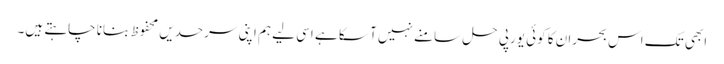
ابھی تک اس بحران کا کوئی یورپی حل سامنے نہیں آ سکا ہے اسی لیے ہم اپنی سرحدیں محفوظ بنانا چاہتے ہیں۔